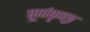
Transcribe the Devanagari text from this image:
पूर्णकृच्छ्र